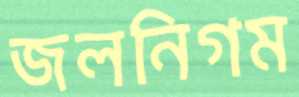
জলনিগম